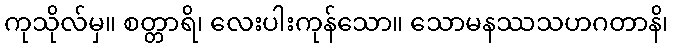
ကုသိုလ်မှ။ စတ္တာရိ၊ လေးပါးကုန်သော။ သောမနဿသဟဂတာနိ၊